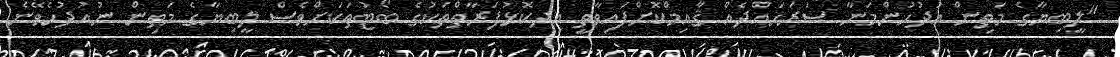
"ލީބިޔާގެ މަތިން އުދުހުންމަނާ ސަރަޙައްދެއް ޤާއިމްކޮށްފައިވާތީ އިދކޮޅުފަރާތްތަކުގެ ބޯޓުތަކަށްވެސް ލީބިޔާގެ މަތިން ނުއުދުހެވޭނެ